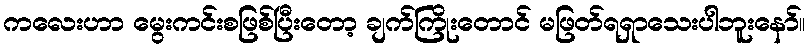
ကလေးဟာ မွေးကင်းစဖြစ်ပြီးတော့ ချက်ကြိုးတောင် မဖြတ်ရရှာသေးပါဘူးနော်။